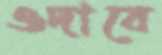
ওদাবে